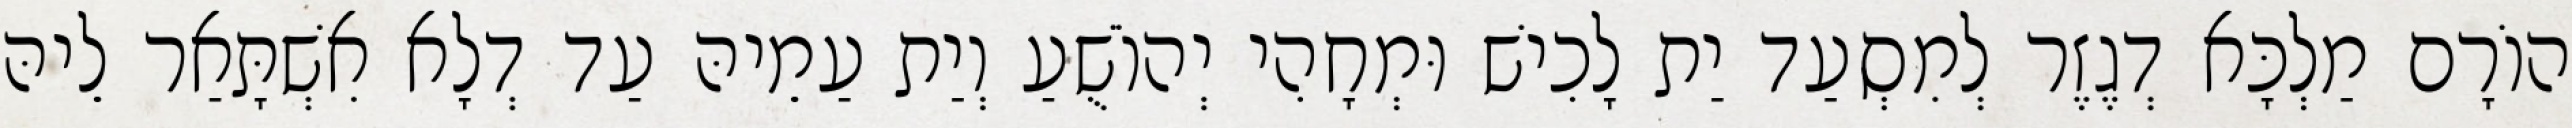
הוֹרָם מַלְכָּא דְגֶזֶר לְמִסְעַד יַת לָכִישׁ וּמְחָהִי יְהוֹשֻׁעַ וְיַת עַמֵיהּ עַד דְלָא אִשְׁתָּאַר לֵיהּ